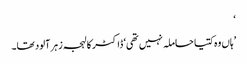
‘
’ہاں وہ کتیا حاملہ نہیں تھی‘ ڈاکٹر کا لہجہ زہر آلود تھا۔